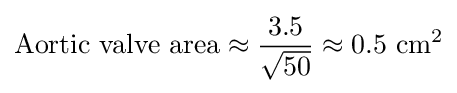
{\text{Aortic valve area}}\approx {\frac {3.5}{\sqrt {50}}}\approx 0.5\ {\text{cm}}^{2}